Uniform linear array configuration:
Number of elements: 12
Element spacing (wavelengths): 0.25
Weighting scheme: blackman
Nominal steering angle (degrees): -30
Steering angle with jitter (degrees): -31.374
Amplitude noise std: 0.05
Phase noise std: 0.05

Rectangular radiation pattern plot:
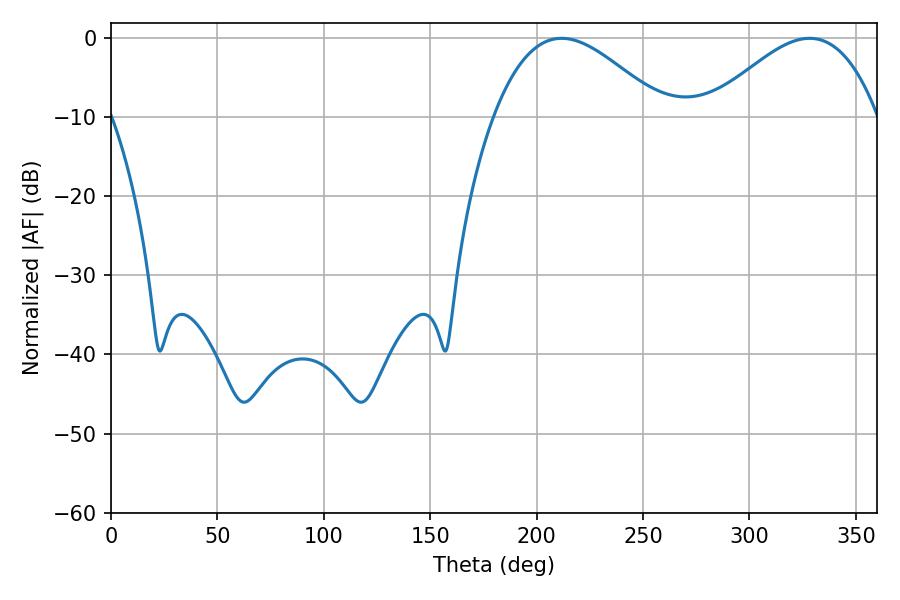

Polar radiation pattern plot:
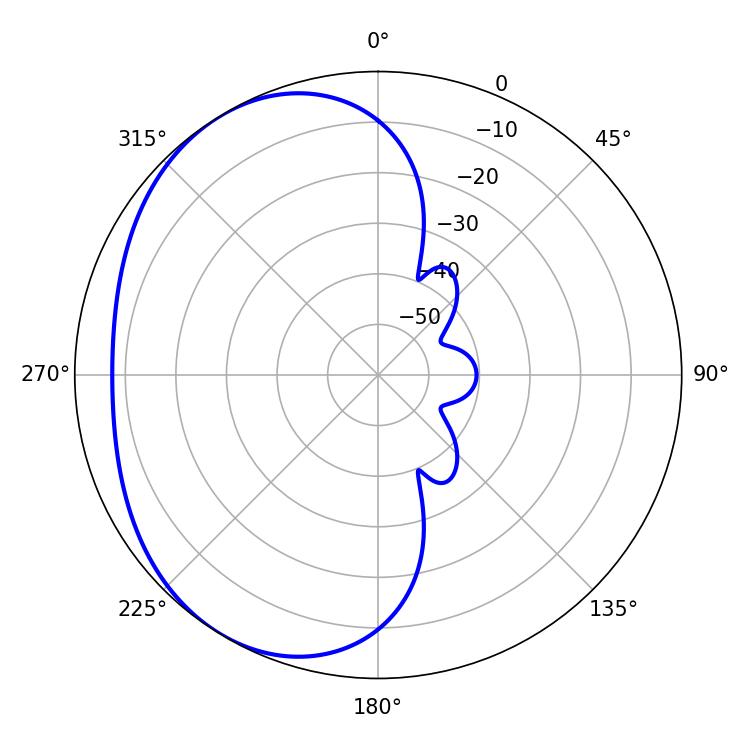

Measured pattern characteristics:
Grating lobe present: FALSE
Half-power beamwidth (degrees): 43.02
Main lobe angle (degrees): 211.68